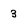
Character: 3